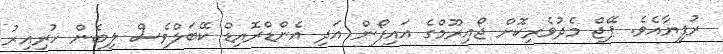
ރުފިޔާއެވެ. ޕޭޖް މެދުވެރިކޮށް ޖޯއިރޫމްގެ އައިފޯން އަދި އެންޑްރޮއިޑް ކޭބަލްވެސް ލިބެން ހުރިއިރު